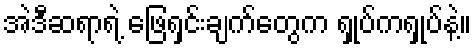
အဲဒီဆရာရဲ့ ဖြေရှင်းချက်တွေက ရှုပ်ကရှုပ်နဲ့။